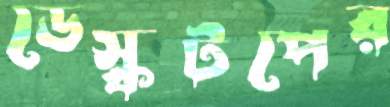
ডেস্কটপের